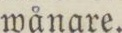
wånare.